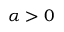
\alpha > 0